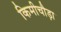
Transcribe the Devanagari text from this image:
किमीचौड़ा